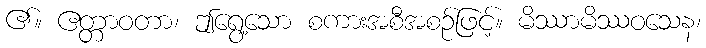
၏။ ဧတ္တာဝတာ၊ ဤရွေ့သော စကားအစီအစဉ်ဖြင့်။ မိဿာမိဿဝသေန၊